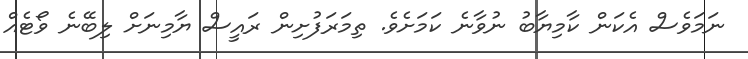
ނަމަވެސް އެކަން ކާމިޔާބު ނުވާނެ ކަމަށެވެ. ތިމަރަފުށިން ރައީސް ޔާމިނަށް ލިބޭނެ ވޯޓެއް